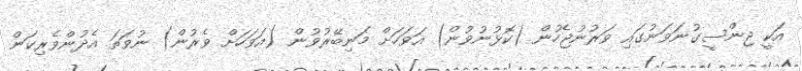
އަކީ ޖިންސީގުނަވަނުގައި ވަރުނުޖެހުން (ކޮޅުނުވުން) އަވަހަށް މަނިބޭރުވުން (އަވަހަށް ވެރުން) ނުވަތަ އެދުންވެރިކަން